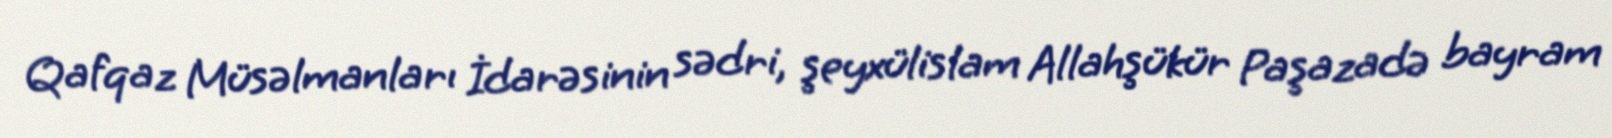
Qafqaz Müsəlmanları İdarəsinin sədri, şeyxülislam Allahşükür Paşazadə bayram